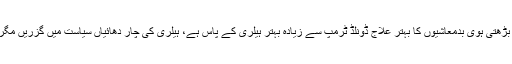
ایسٹ میں کم ہوتا اثر و رسوخ ، چائنہ رشیا کی بڑھتی ہوی بدمعاشیوں کا بہتر علاج ڈونلڈ ٹرمپ سے زیادہ بہتر ہیلری کے پاس ہے، ہیلری کی چار دھائیاں سیاست میں گزریں مگر امریکہ فسٹ کا نعرہ سب سے بڑھ کر اہم ہے۔